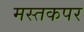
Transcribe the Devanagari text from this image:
मस्तकपर